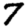
Digit: 7